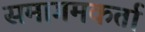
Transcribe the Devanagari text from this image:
समागमकर्ता